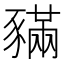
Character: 𧱼